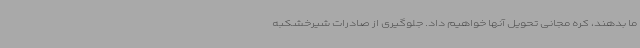
ما بدهند، کره مجانی تحویل آنها خواهیم داد. جلوگیری از صادرات شیرخشکبه